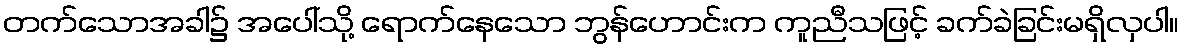
တက်သောအခါ၌ အပေါ်သို့ ရောက်နေသော ဘွန်ဟောင်းက ကူညီသဖြင့် ခက်ခဲခြင်းမရှိလှပါ။